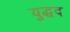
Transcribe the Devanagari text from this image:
युद्धद